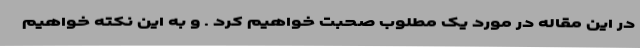
در این مقاله در مورد یک مطلوب صحبت خواهیم کرد . و به این نکته خواهیم